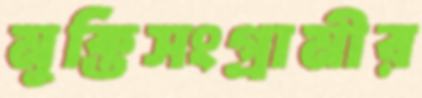
মুক্তিসংগ্রামীর